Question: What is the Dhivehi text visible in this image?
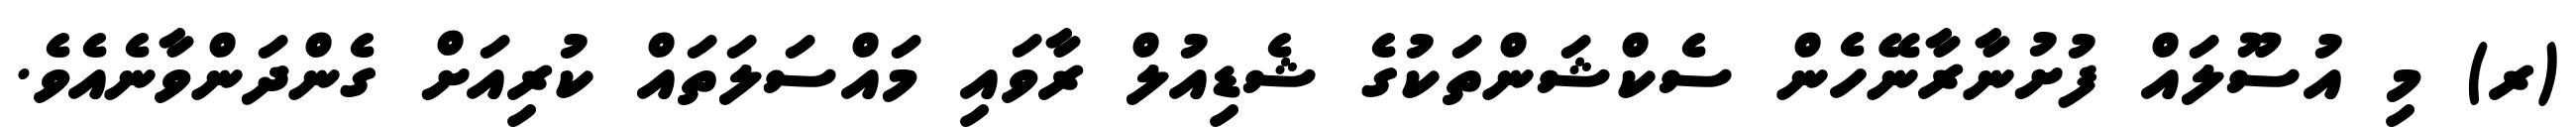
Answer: (ރ) މި އުސޫލައް ފުށުނާރާނޭހެން ސެކްޝަންތަކުގެ ޝެޑިއުލް ރާވައި މައްސަލަތައް ކުރިއަށް ގެންދަންވާނެއެވެ.